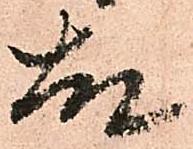
故